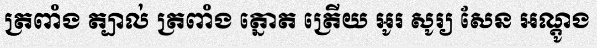
ត្រពាំង ត្បាល់ ត្រពាំង ត្នោត ត្រើយ អូរ សូរ្យ សែន អណ្តូង